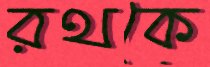
রথকে